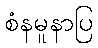
စံနမူနာပြ